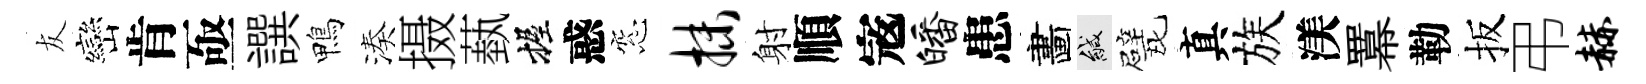
友巒肯亟譔鴨湊摄蓺握惑窓抹射順𡨥皤患畵緘甓真族渼羃勒扳弔赫